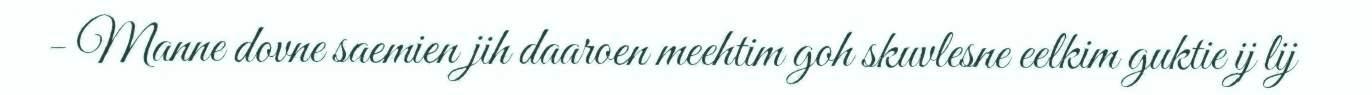
- Manne dovne saemien jih daaroen meehtim goh skuvlesne eelkim guktie ij lij